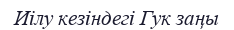
Иілу кезіндегі Гук заңы